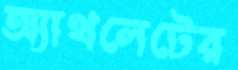
অ্যাথলেটের